Materia medica of Madras volume I
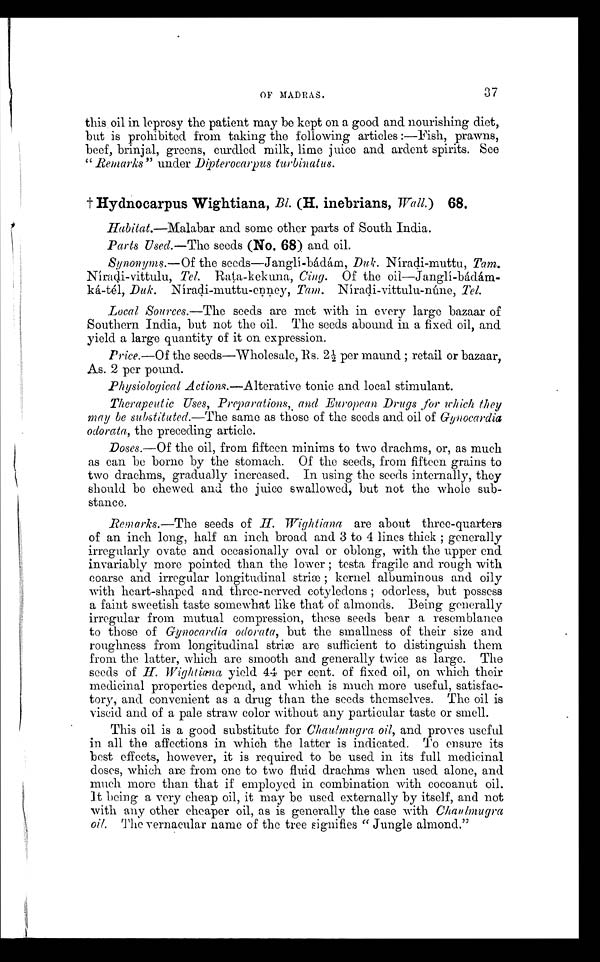
OF MADRAS.
37
this oil in leprosy the patient may be kept on a good and nourishing diet,
but is prohibited from taking the following articles :—Fish, prawns,
beef, brinjal, greens, curdled milk, lime juice and ardent spirits. See
" Remarks" under Dipterocarpus turbinatus.
† Hydnocarpus Wightiana, B l. (H. inebrians, Wall.) 68.
Habitat.—Malabar and some other parts of South India.
Parts Used.—The seeds (No. 68) and oil.
Synonyms.—Of the seeds—Janglí-bádám, Duk. Níradi-muttu, T a m .
Níradi-vittulu, Tel. Rata-kekuna, Cing. Of the
o i l - - J a n g l í - b a d á m k á - t é l ,
D u k .
N í r a d i - m u t t u - e n n e y ,
T a m .
N í r a d i - v i t t u l u - n ú n e ,
T e l .
Local Sources.—The seeds are met with in every large bazaar of
Southern India, but not the oil. The seeds abound in a fixed oil, and
yield a large quantity of it on expression.
Price.—Of the seeds—Wholesale, Rs. 2 1/2 per maund ; retail or bazaar,
As. 2 per pound.
Physiological Actions.—Alterative tonic and local stimulant.
Therapeutic Uses, Preparations, and European Drugs for which they
may be substituted.—The same as those of the seeds and oil of Gynocardia
odorata, the preceding article.
Doses.—Of the oil, from fifteen minims to two drachms, or, as much
as can be borne by the stomach. Of the seeds, from fifteen grains to
two drachms, gradually increased. In using the seeds internally, they
should be chewed and the juice swallowed, but not the whole sub-
stance.
Remarks.—The seeds of H. Wightiana are about three-quarters
of an inch long, half an inch broad and 3 to 4 lines thick ; generally
irregularly ovate and occasionally oval or oblong, with the upper end
invariably more pointed than the lower ; testa fragile and rough with
coarse and irregular longitudinal striæ ; kernel albuminous and oily
with heart-shaped and three-nerved cotyledons ; odorless, but possess
a faint sweetish taste somewhat like that of almonds. Being generally
irregular from mutual compression, these seeds bear a resemblance
to those of Gynocardia odorata, but the smallness of their size and
roughness from longitudinal striæ are sufficient to distinguish them
from the latter, which are smooth and generally twice as large. The
seeds of H. Wightianay i e l d 4 4 p e r c e n t . o f f i x e d o i l , o n w h i c h t h e i r
medicinal properties depend, and which is much more useful, satisfac-
tory and convenient as a drug than the seeds themselves. The oil is
viseid and of a pale straw color without any particular taste or smell.
This oil is a good substitute for Chaulmugra oil, and proves useful
in all the affections in which the latter is indicated. To ensure its
best effects, however, it is required to be used in its full medicinal
doses, which are from one to two fluid drachms when used alone, and
much more than that if employed in combination with cocoanut oil.
It being a very cheap oil, it may be used externally by itself, and not
with any other cheaper oil, as is generally the case with C h a u l m u g r a
oil. The vernacular name of the tree signifies " Jungle almond,"